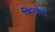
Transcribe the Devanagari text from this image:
फिन्केल